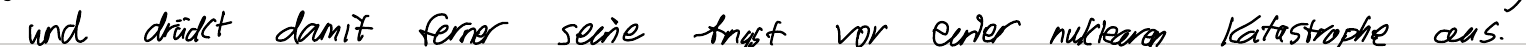
und drückt damit ferner seine Angst vor einer nuklearen Katastrophe aus.